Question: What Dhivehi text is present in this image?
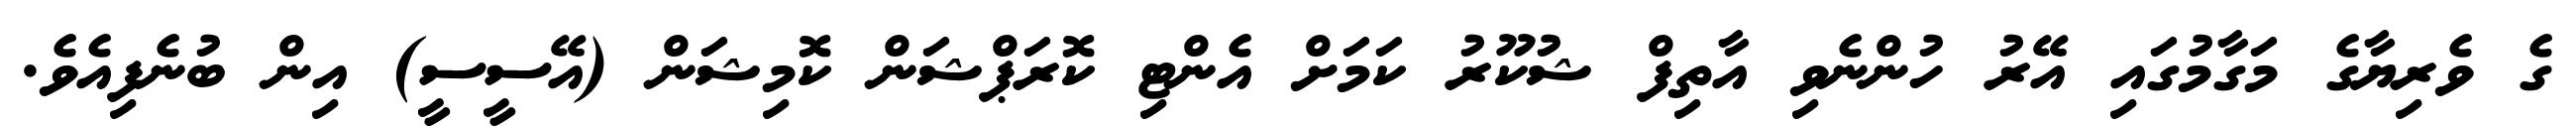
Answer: ގެ ވެރިޔާގެ މަގާމުގައި އޭރު ހުންނެވި އާތިފް ޝުކޫރު ކަމަށް އެންޓި ކޮރަޕްޝަން ކޮމިޝަން (އޭސީސީ) އިން ބުނެފިއެވެ.